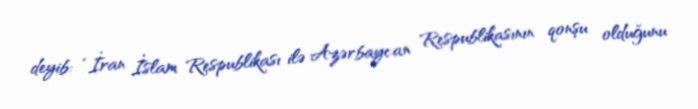
deyib: “İran İslam Respublikası ilə Azərbaycan Respublikasının qonşu olduğunu